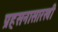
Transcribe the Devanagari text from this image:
प्रहसनासारखी